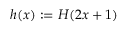
h ( x ) : = H ( 2 x + 1 )